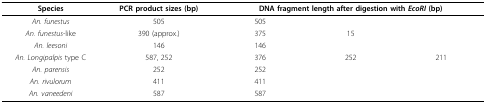
<table><thead><tr><td><b>Species</b></td><td><b>PCR product sizes (bp)</b></td><td colspan="3"><b>DNA fragment length after digestion with <i>EcoRI </i>(bp)</b></td></tr></thead><tbody><tr><td><i>An. funestus</i></td><td>505</td><td>505</td><td>[EMPTY_CELL]</td><td>[EMPTY_CELL]</td></tr><tr><td><i>An. funestus</i>-like</td><td>390 (approx.)</td><td>375</td><td>15</td><td>[EMPTY_CELL]</td></tr><tr><td><i>An. leesoni</i></td><td>146</td><td>146</td><td>[EMPTY_CELL]</td><td>[EMPTY_CELL]</td></tr><tr><td><i>An. Longipalpis </i>type C</td><td>587, 252</td><td>376</td><td>252</td><td>211</td></tr><tr><td><i>An. parensis</i></td><td>252</td><td>252</td><td>[EMPTY_CELL]</td><td>[EMPTY_CELL]</td></tr><tr><td><i>An. rivulorum</i></td><td>411</td><td>411</td><td>[EMPTY_CELL]</td><td>[EMPTY_CELL]</td></tr><tr><td><i>An. vaneedeni</i></td><td>587</td><td>587</td><td>[EMPTY_CELL]</td><td>[EMPTY_CELL]</td></tr></tbody></table>